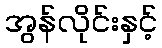
အွန်လိုင်းနှင့်